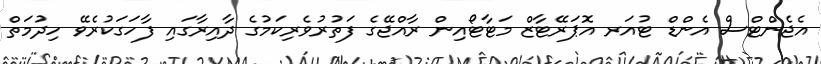
އެޖެންޓްސް އެންޑް ޓުއަރ އޮޕަރޭޓާޒް މަޓާޓޯއިން ރާއްޖޭގެ ފަތުރުވެރިކަމުގެ ދާއިރާގައި ފާހަގަކުރެވޭ ހިދުމަތް